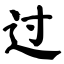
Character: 过